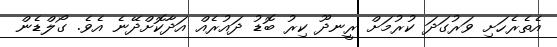
އެތެރެހަށި ވަރުގަދަ ކުރުމަށް ރީނދޫ ކިރު ބޮޑު ދައުރެއް އަދާކޮށްދޭނެ އެވެ. ގޯލްޑެން